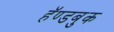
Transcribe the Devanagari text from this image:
हॅण्डबुक